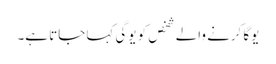
یوگا کرنے والے شخص کو یوگی کہا جاتا ہے۔